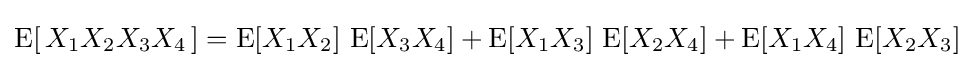
\operatorname {E} [\,X_{1}X_{2}X_{3}X_{4}\,]=\operatorname {E} [X_{1}X_{2}]\,\operatorname {E} [X_{3}X_{4}]+\operatorname {E} [X_{1}X_{3}]\,\operatorname {E} [X_{2}X_{4}]+\operatorname {E} [X_{1}X_{4}]\,\operatorname {E} [X_{2}X_{3}]